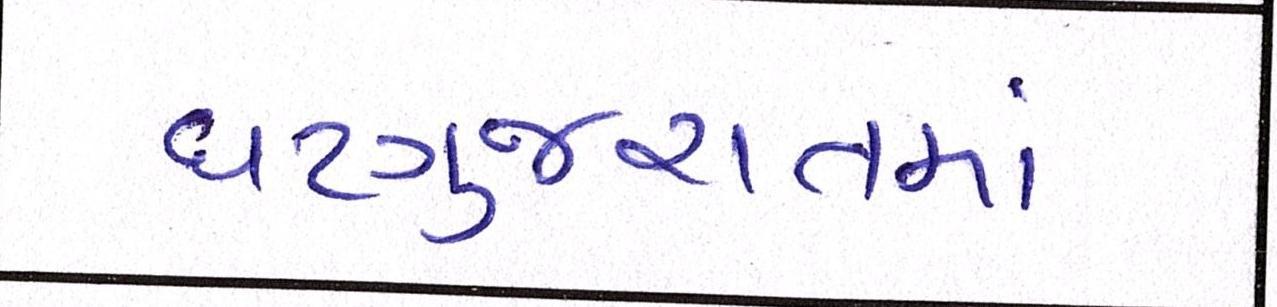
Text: ઘટગુજરાતમાં